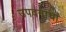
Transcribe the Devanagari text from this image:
उपवनाचा